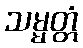
သမ္မတ္တံ